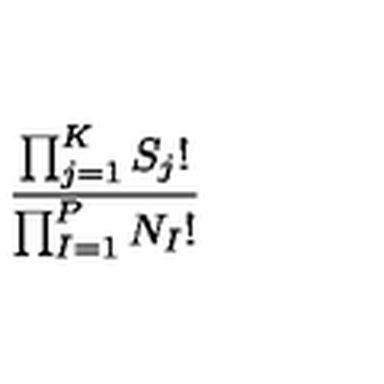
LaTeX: \frac { \prod _ { j = 1 } ^ { K } S _ { j } ! } { \prod _ { I = 1 } ^ { P } N _ { I } ! }